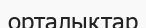
орталықтар